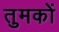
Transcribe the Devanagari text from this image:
तुमकों